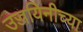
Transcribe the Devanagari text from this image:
उज्जयिनीच्या